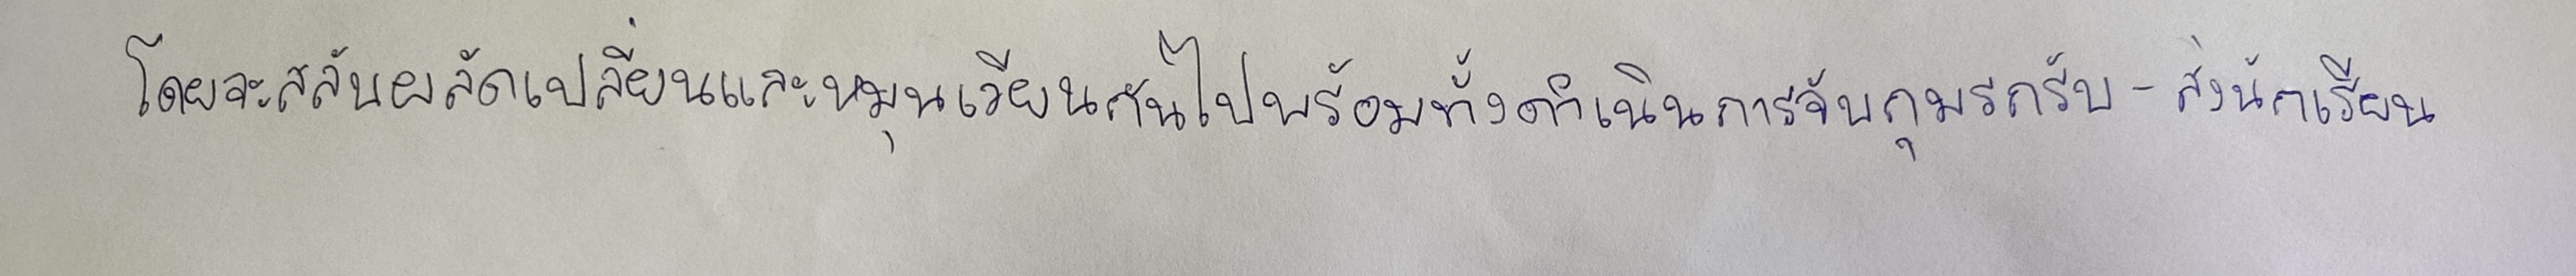
โดยจะสลับผลัดเปลี่ยนและหมุนเวียนกันไปพร้อมทั้งดำเนินการจับกุมรถรับ-ส่งนักเรียน